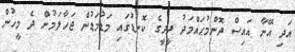
އަދި އޭނާ އައިސް ދޮންމުޙައްމަދު ދީދީގެ ކޮނޑުގައި މަޑުމަޑުން ޖަހާލަމުން ދެ މީހުން